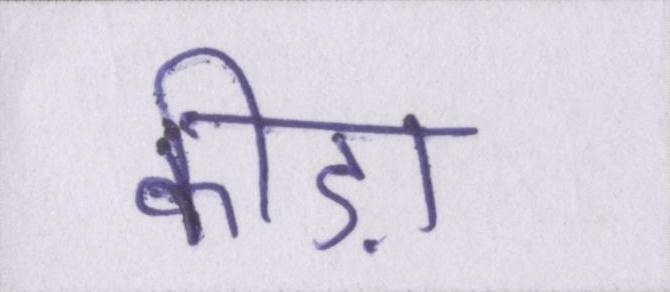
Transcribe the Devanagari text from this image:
कीड़ा